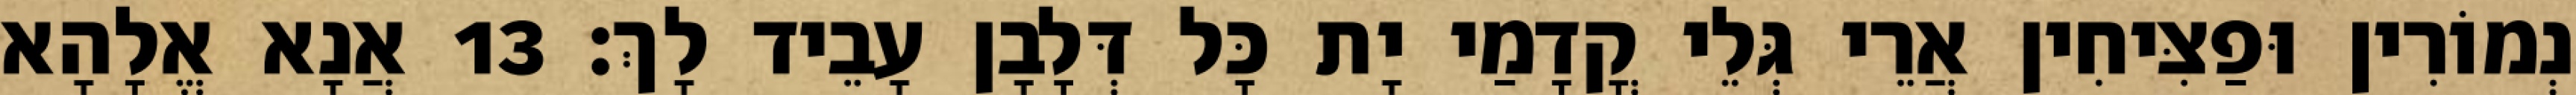
נְמוֹרִין וּפַצִּיחִין אֲרֵי גְּלֵי קֳדָמַי יָת כָּל דְּלָבָן עָבֵיד לָךְ׃ 13 אֲנָא אֱלָהָא